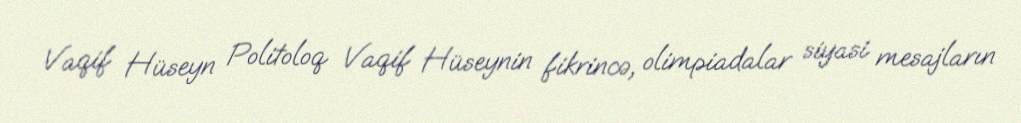
Vaqif Hüseyn Politoloq Vaqif Hüseynin fikrincə, olimpiadalar siyasi mesajların